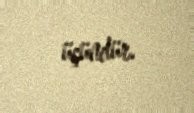
üçündür.